Scottish Certificate of Education, 1962
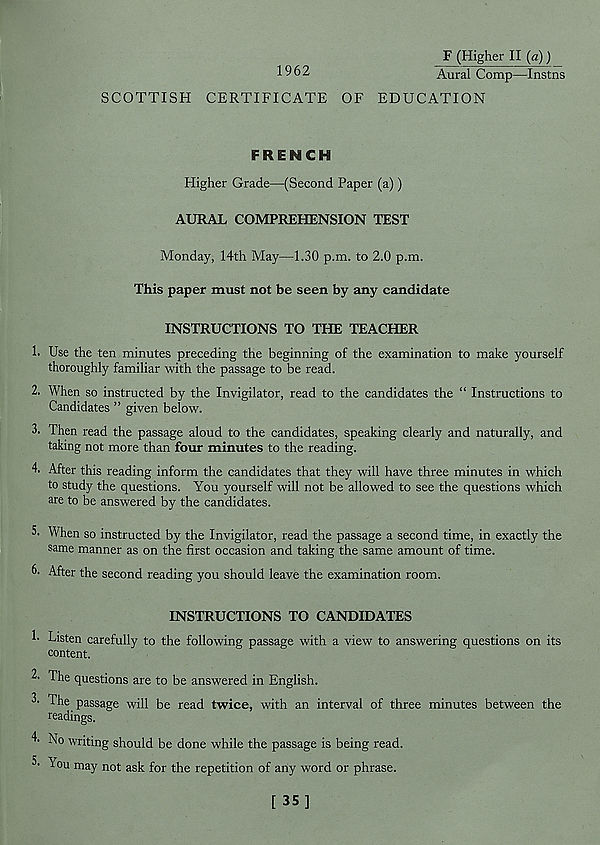
1962
F (Higher II (a))
Aural Comp—Instns
SCOTTISH CERTIFICATE OF EDUCATION
FRENCH
Higher Grade—(Second Paper (a))
AURAL COMPREHENSION TEST
Monday, 14th May—1.30 p.m. to 2.0 p.m.
This paper must not be seen by any candidate
INSTRUCTIONS TO THE TEACHER
!• Use the ten minutes preceding the beginning of the examination to make yourself
thoroughly familiar with the passage to be read.
2. When so instructed by the Invigilator, read to the candidates the “ Instructions to
Candidates ” given below.
3. Then read the passage aloud to the candidates, speaking clearly and naturally, and
taking not more than four minutes to the reading.
4. After this reading inform the candidates that they will have three minutes in which
to study the questions. You yourself will not be allowed to see the questions which
are to be answered by the candidates.
5. When so instructed by the Invigilator, read the passage a second time, in exactly the
same manner as on the first occasion and taking the same amount of time.
6. After the second reading you should leave the examination room.
INSTRUCTIONS TO CANDIDATES
!• Listen carefully to the following passage with a view to answering questions on its
content.
2- The questions are to be answered in English.
3- The passage will be read twice, with an interval of three minutes between the
readings.
A No writing should be done while the passage is being read.
L lou may not ask for the repetition of any word or phrase.
[ 35]